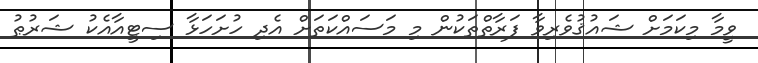
ވީމާ މިކަމަށް ޝައުޤުވެރިވާ ފަރާތްތަކުން މި މަސައްކަތަށް އެދި ހުށަހަޅާ ސިޓީއާއެކު ޝަރުޠު